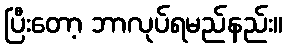
ပြီးတော့ ဘာလုပ်ရမည်နည်း။